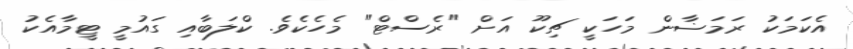
އެކަމަކު ރަމަޟާން މަހަކީ ޗިކޫ އަށް "ރެސްޓް" މެހެކެވެ. ކްލަބާއި ގައުމީ ޓީމާއެކު